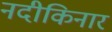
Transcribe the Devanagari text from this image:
नदीकिनार